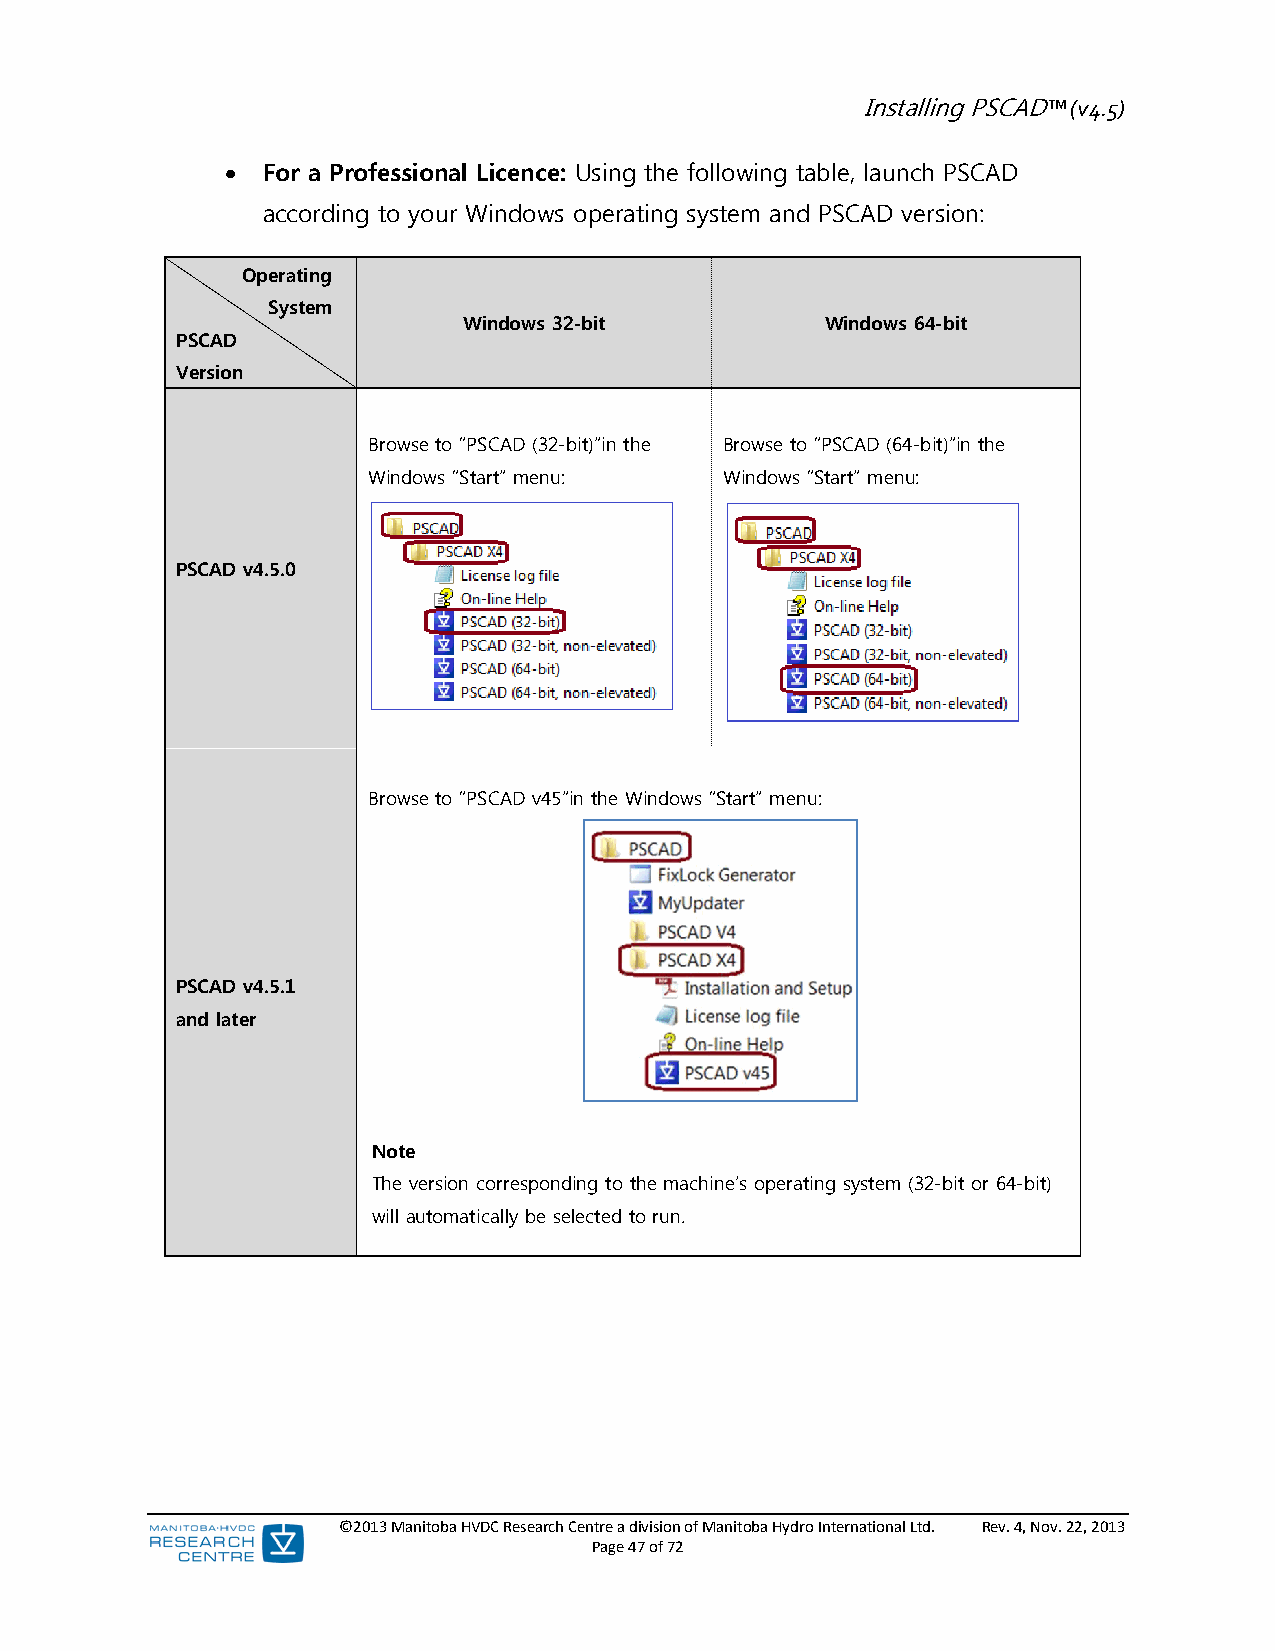
Installing PSCAD™ (v4.5)
  For a Professional Licence: Using the following table, launch PSCAD
 according to your Windows operating system and PSCAD version:
 Operating
 System
 Windows 32-bit          Windows 64-bit
 PSCAD
 Version
 Browse to “PSCAD (32-bit)”in the Browse to “PSCAD (64-bit)”in the
 Windows “Start” menu:   Windows “Start” menu:
 PSCAD v4.5.0
 Browse to “PSCAD v45”in the Windows “Start” menu:
 PSCAD v4.5.1
 and later
 Note
 The version corresponding to the machine’s operating system (32-bit or 64-bit)
 will automatically be selected to run.
 ©2013 Manitoba HVDC Research Centre a division of Manitoba Hydro International Ltd. Rev. 4, Nov. 22, 2013
 Page 47 of 72